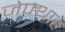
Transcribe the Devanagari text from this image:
जेफ्थाह